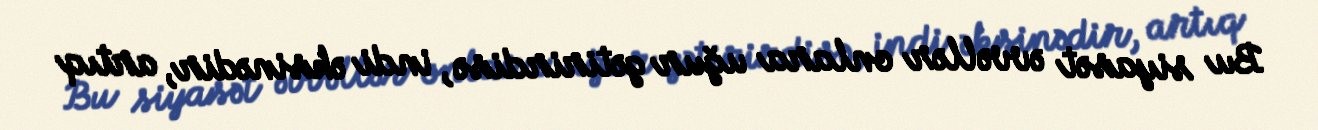
Bu siyasət əvvəllər onlara uğur gətirirdisə, indi əksinədir, artıq